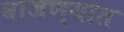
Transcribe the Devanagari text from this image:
वाजण्यात